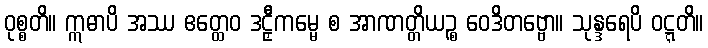
ဝုစ္စတိ။ ဣဓာပိ အဿ ဧတ္ထေဝ ဒဠှီကမ္မေ စ အာဏတ္တိယဉ္စ ဝေဒိတဗ္ဗော။ သုန္ဒရေပိ ဝဋ္ဋတိ။